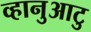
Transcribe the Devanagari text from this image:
व्हानुआटु